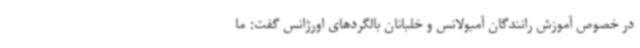
در خصوص آموزش رانندگان آمبولانس و خلبانان بالگردهای اورژانس گفت: ما